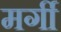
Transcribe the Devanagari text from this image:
मर्गी